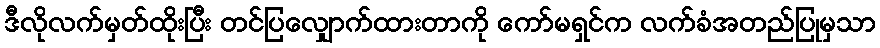
ဒီလိုလက်မှတ်ထိုးပြီး တင်ပြလျှောက်ထားတာကို ကော်မရှင်က လက်ခံအတည်ပြုမှသာ